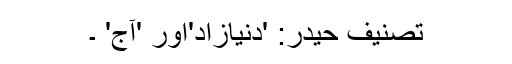
تصنیف حیدر: 'دنیازاد'اور 'آج' ۔